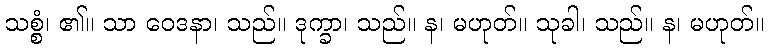
သစ္စံ၊ ၏။ သာ ဝေဒနာ၊ သည်။ ဒုက္ခာ၊ သည်။ န၊ မဟုတ်။ သုခါ၊ သည်။ န၊ မဟုတ်။